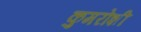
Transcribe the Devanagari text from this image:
कुमरोशी